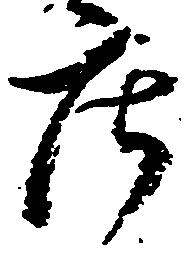
庄